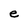
Character: e